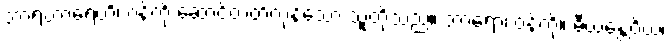
ဘာရဟာရေဟိ၊ ဝန်ကို ဆောင်တတ်ကုန်သော သူတို့သည်။ ဘာရော၊ ဝန်ကို။ ဓီယန္တေဝိယ၊